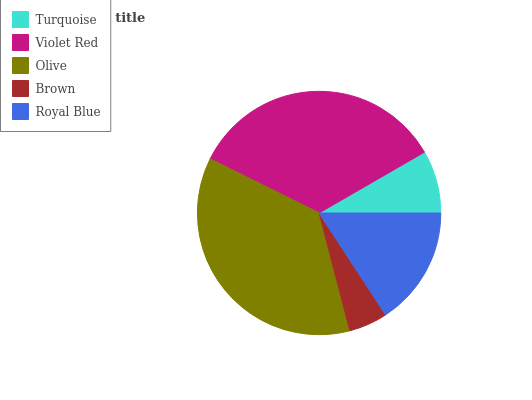
| Turquoise | Violet Red | Olive | Brown | Royal Blue |
 | --- | --- | --- | --- | --- |
 | 8.33% | 34.3% | 36.4% | 5.12% | 15.8% |